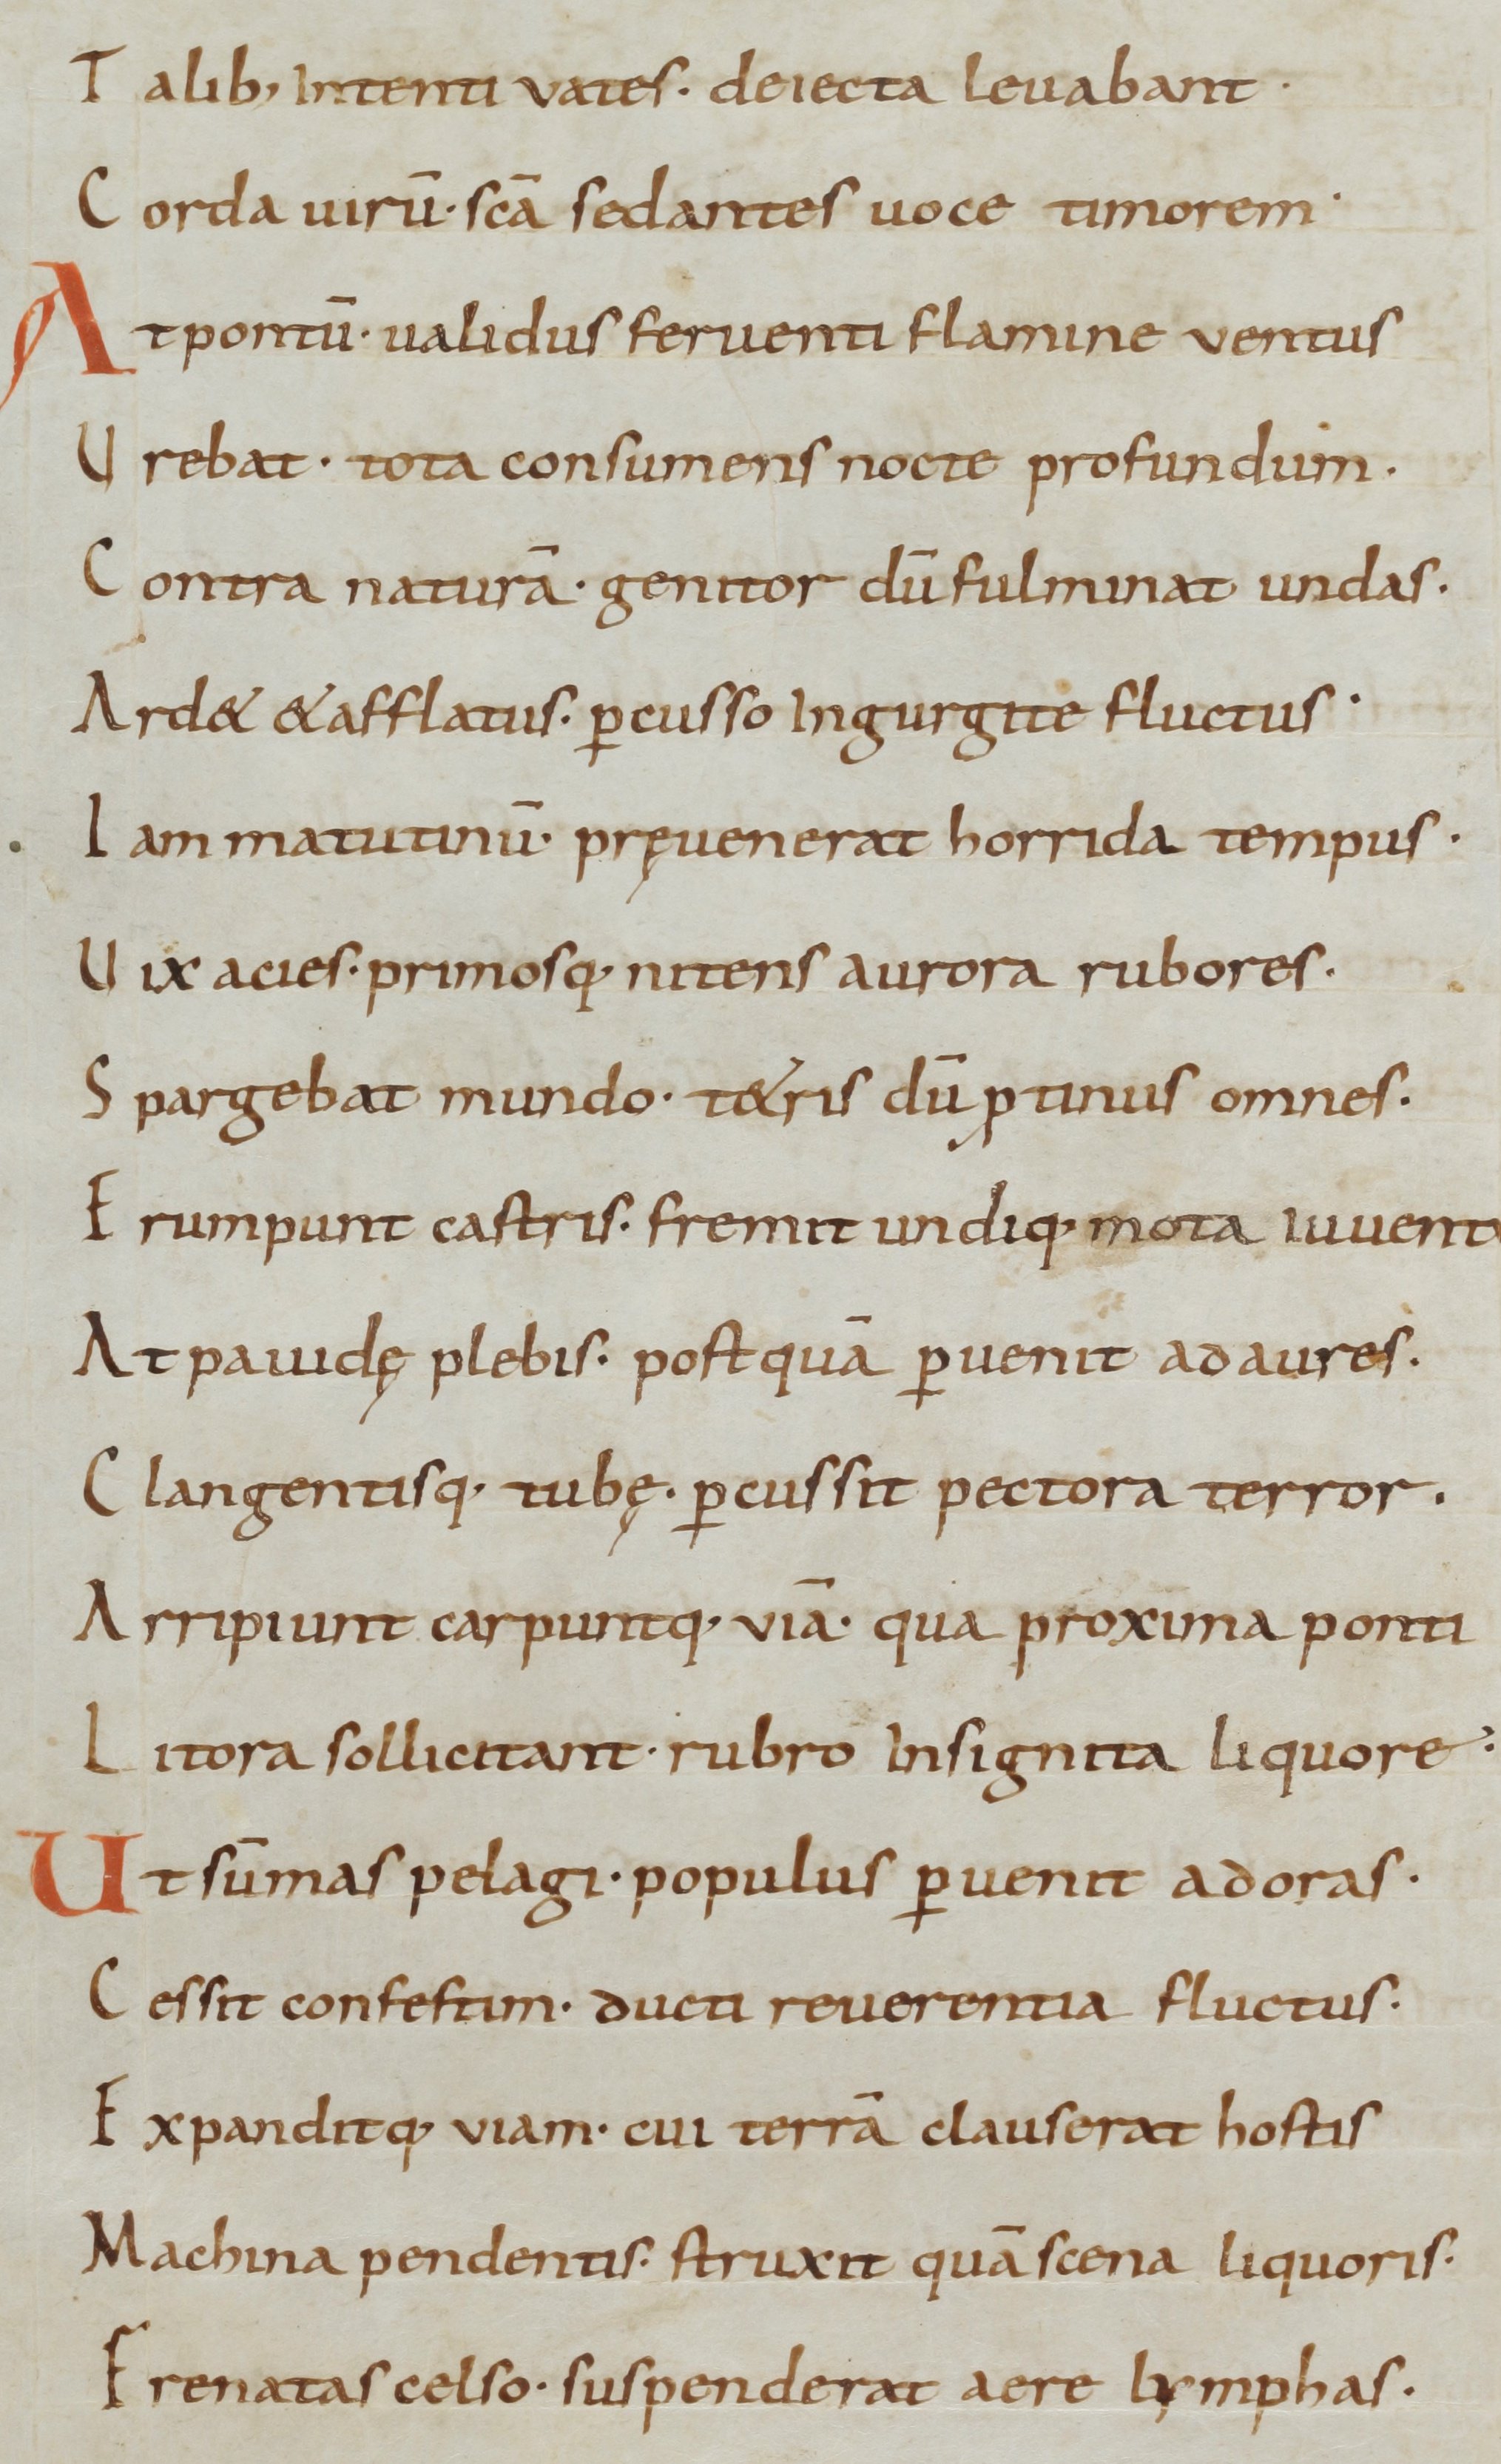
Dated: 800–999